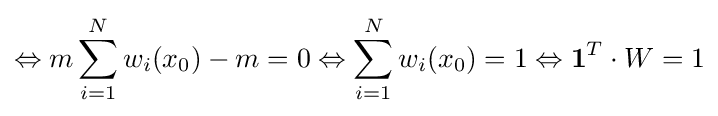
\Leftrightarrow m\sum _{i=1}^{N}w_{i}(x_{0})-m=0\Leftrightarrow \sum _{i=1}^{N}w_{i}(x_{0})=1\Leftrightarrow \mathbf {1} ^{T}\cdot W=1